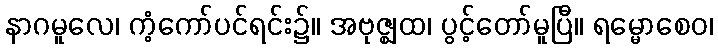
နာဂမူလေ၊ ကံ့ကော်ပင်ရင်း၌။ အဗုဇ္ဈထ၊ ပွင့်တော်မူပြီ။ ရမ္မောစေဝ၊